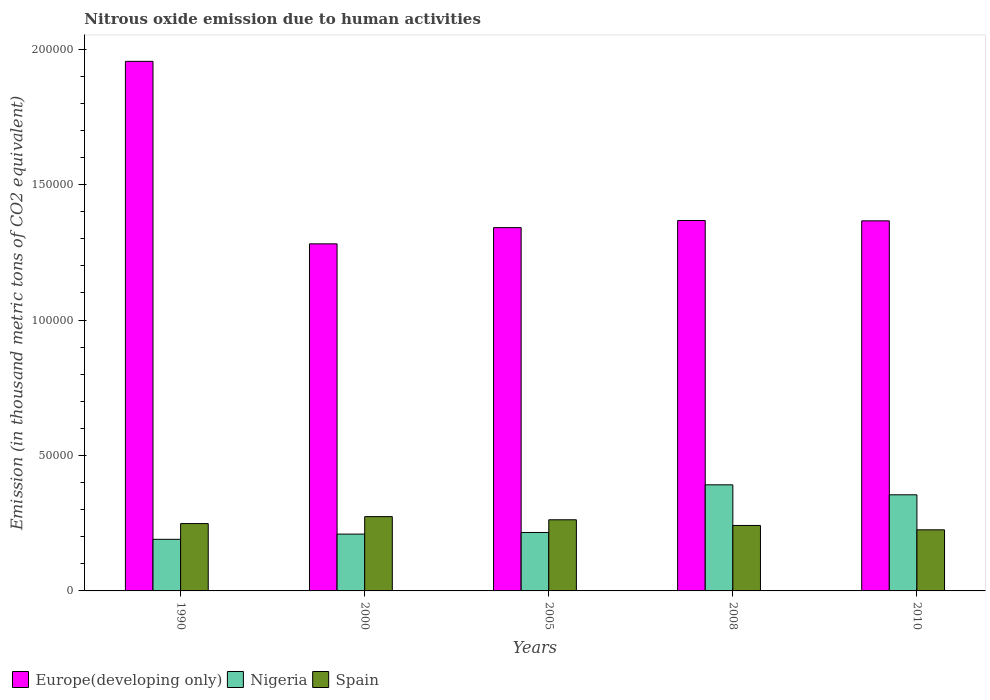
| Years | Europe(developing only) | Nigeria | Spain |
 | --- | --- | --- | --- |
 | 1990 | 1.95e+05 | 1.9e+04 | 2.49e+04 |
 | 2000 | 1.28e+05 | 2.1e+04 | 2.74e+04 |
 | 2005 | 1.34e+05 | 2.16e+04 | 2.63e+04 |
 | 2008 | 1.37e+05 | 3.92e+04 | 2.42e+04 |
 | 2010 | 1.37e+05 | 3.55e+04 | 2.26e+04 |